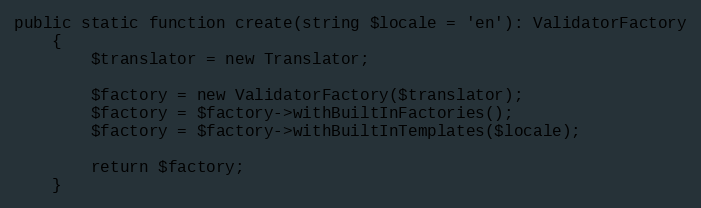
Language: PHP
public static function create(string $locale = 'en'): ValidatorFactory
    {
        $translator = new Translator;

        $factory = new ValidatorFactory($translator);
        $factory = $factory->withBuiltInFactories();
        $factory = $factory->withBuiltInTemplates($locale);

        return $factory;
    }